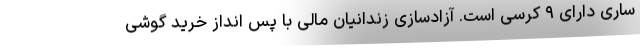
ساری دارای ۹ کرسی است. آزادسازی زندانیان مالی با پس انداز خرید گوشی